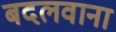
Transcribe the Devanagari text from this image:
बदलवाना